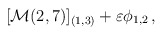
\begin{align*}[{\cal M}(2,7)]_{(1,3)} + \varepsilon \phi_{1,2}\, ,\end{align*}